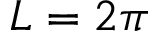
L = 2 \pi